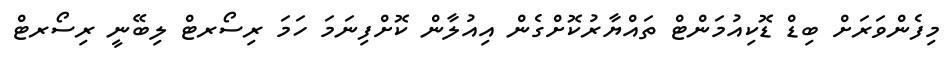
މިފެންވަރަށް ބިޑް ޑޮކިއުމަންޓް ތައްޔާރުކޮށްގެން އިއުލާން ކޮށްފިނަމަ ހަމަ ރިސޯރޓް ލިބޭނީ ރިސޯރޓް